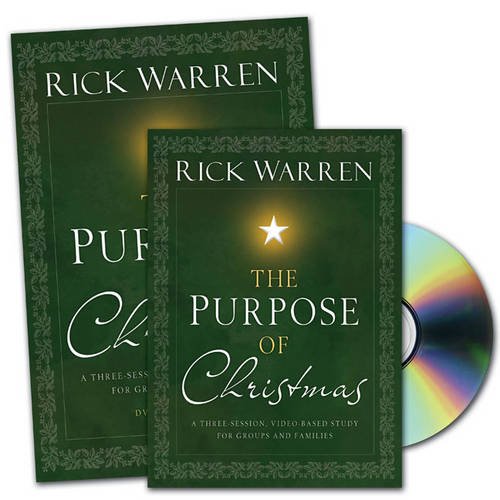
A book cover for The Purpose of Christmas DVD Study Curriculum Kit: A Three-Session, Video-Based Study for Groups or Families; Rick Warren; Christian Books & Bibles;